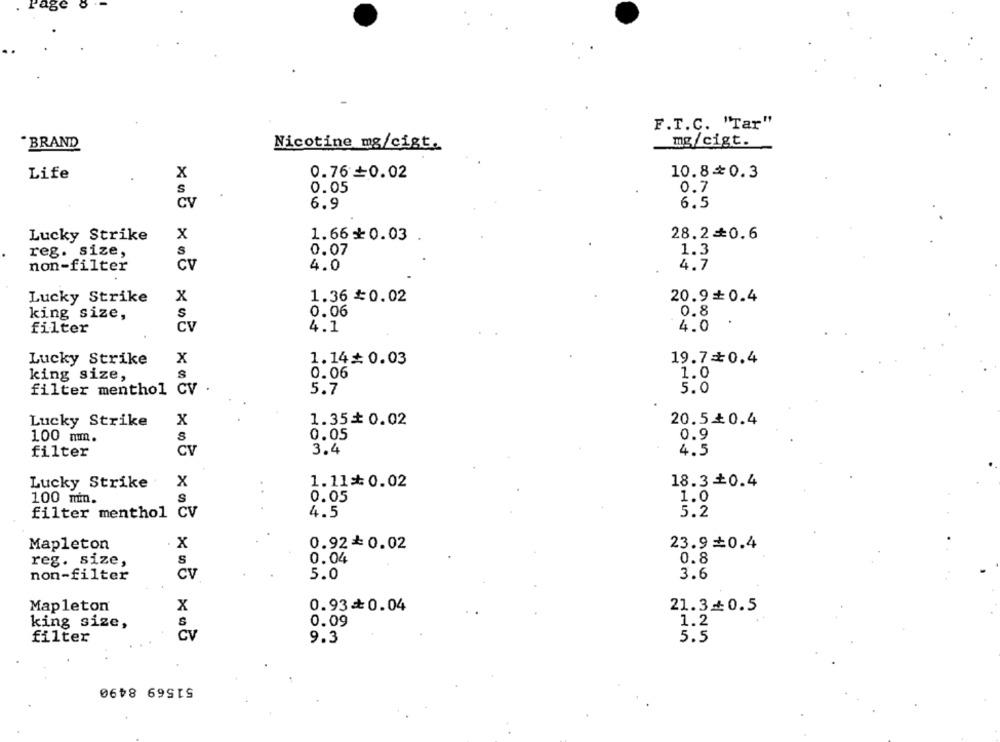
F.T.C. "Tar"
mg/cigt.
BRAND
Nicotine mg/cigt.
Life
X
0.76+0.02
10.8=0.3
S
0.05
0.7
CV
6.9
6.5
Lucky Strike
x
1.66 ₺0.03
28.2 == 0.6
reg. size,
s
0.07
1.3
non-filter
CV
4.0
4.7
1.36 #0.02
Lucky Strike
x
20.90.4
0.06
0.8
king size,
S
4.0
filter
CV
4.1
Lucky Strike
x
1.14$ 0.03
19.7=0.4
king size,
S
0.06
1.0
filter menthol CV
5.7
5.0
Lucky Strike
x
1.35 0.02
20.5₺0.4
100 mmm.
0.05
0.9
filter
CV
3.4
4.5
1.11 0.02
18.3 +0.4
Lucky Strike
x
0.05
1.0
100 min.
S
5.2
filter menthol CV
4.5
Mapleton
x
0.92*0.02
23.90.4
reg. size,
S
0.04
0.8
non-filter
CV
5.0
3.6
Mapleton
x
0.93+0.04
21.3+0.5
king size,
0.09
1.2
filter
CV
9.3
5.5
51569 8490